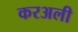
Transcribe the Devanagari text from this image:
करअली